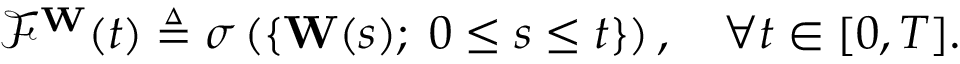
{ \mathcal { F } } ^ { \mathbf { W } } ( t ) \triangleq \sigma \left( \{ \mathbf { W } ( s ) ; \; 0 \leq s \leq t \} \right) , \quad \forall t \in [ 0 , T ] .